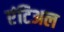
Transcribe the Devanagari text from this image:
एंटिअल